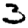
Digit: 3